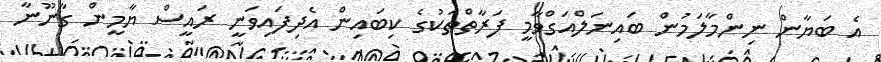
އެ ބަޔާން ނިންމާލަމުން ބައިނަލްއަގްވާމީ ފަރާތްތަކުގެ ކިބައިން އެދިފައިވަނީ ރައީސް ޔާމީން ގާނޫނާ